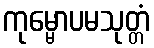
ကုမ္မောပမသုတ္တံ